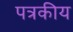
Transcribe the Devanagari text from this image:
पत्रकीय